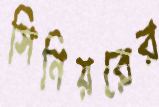
সিনিয়রের